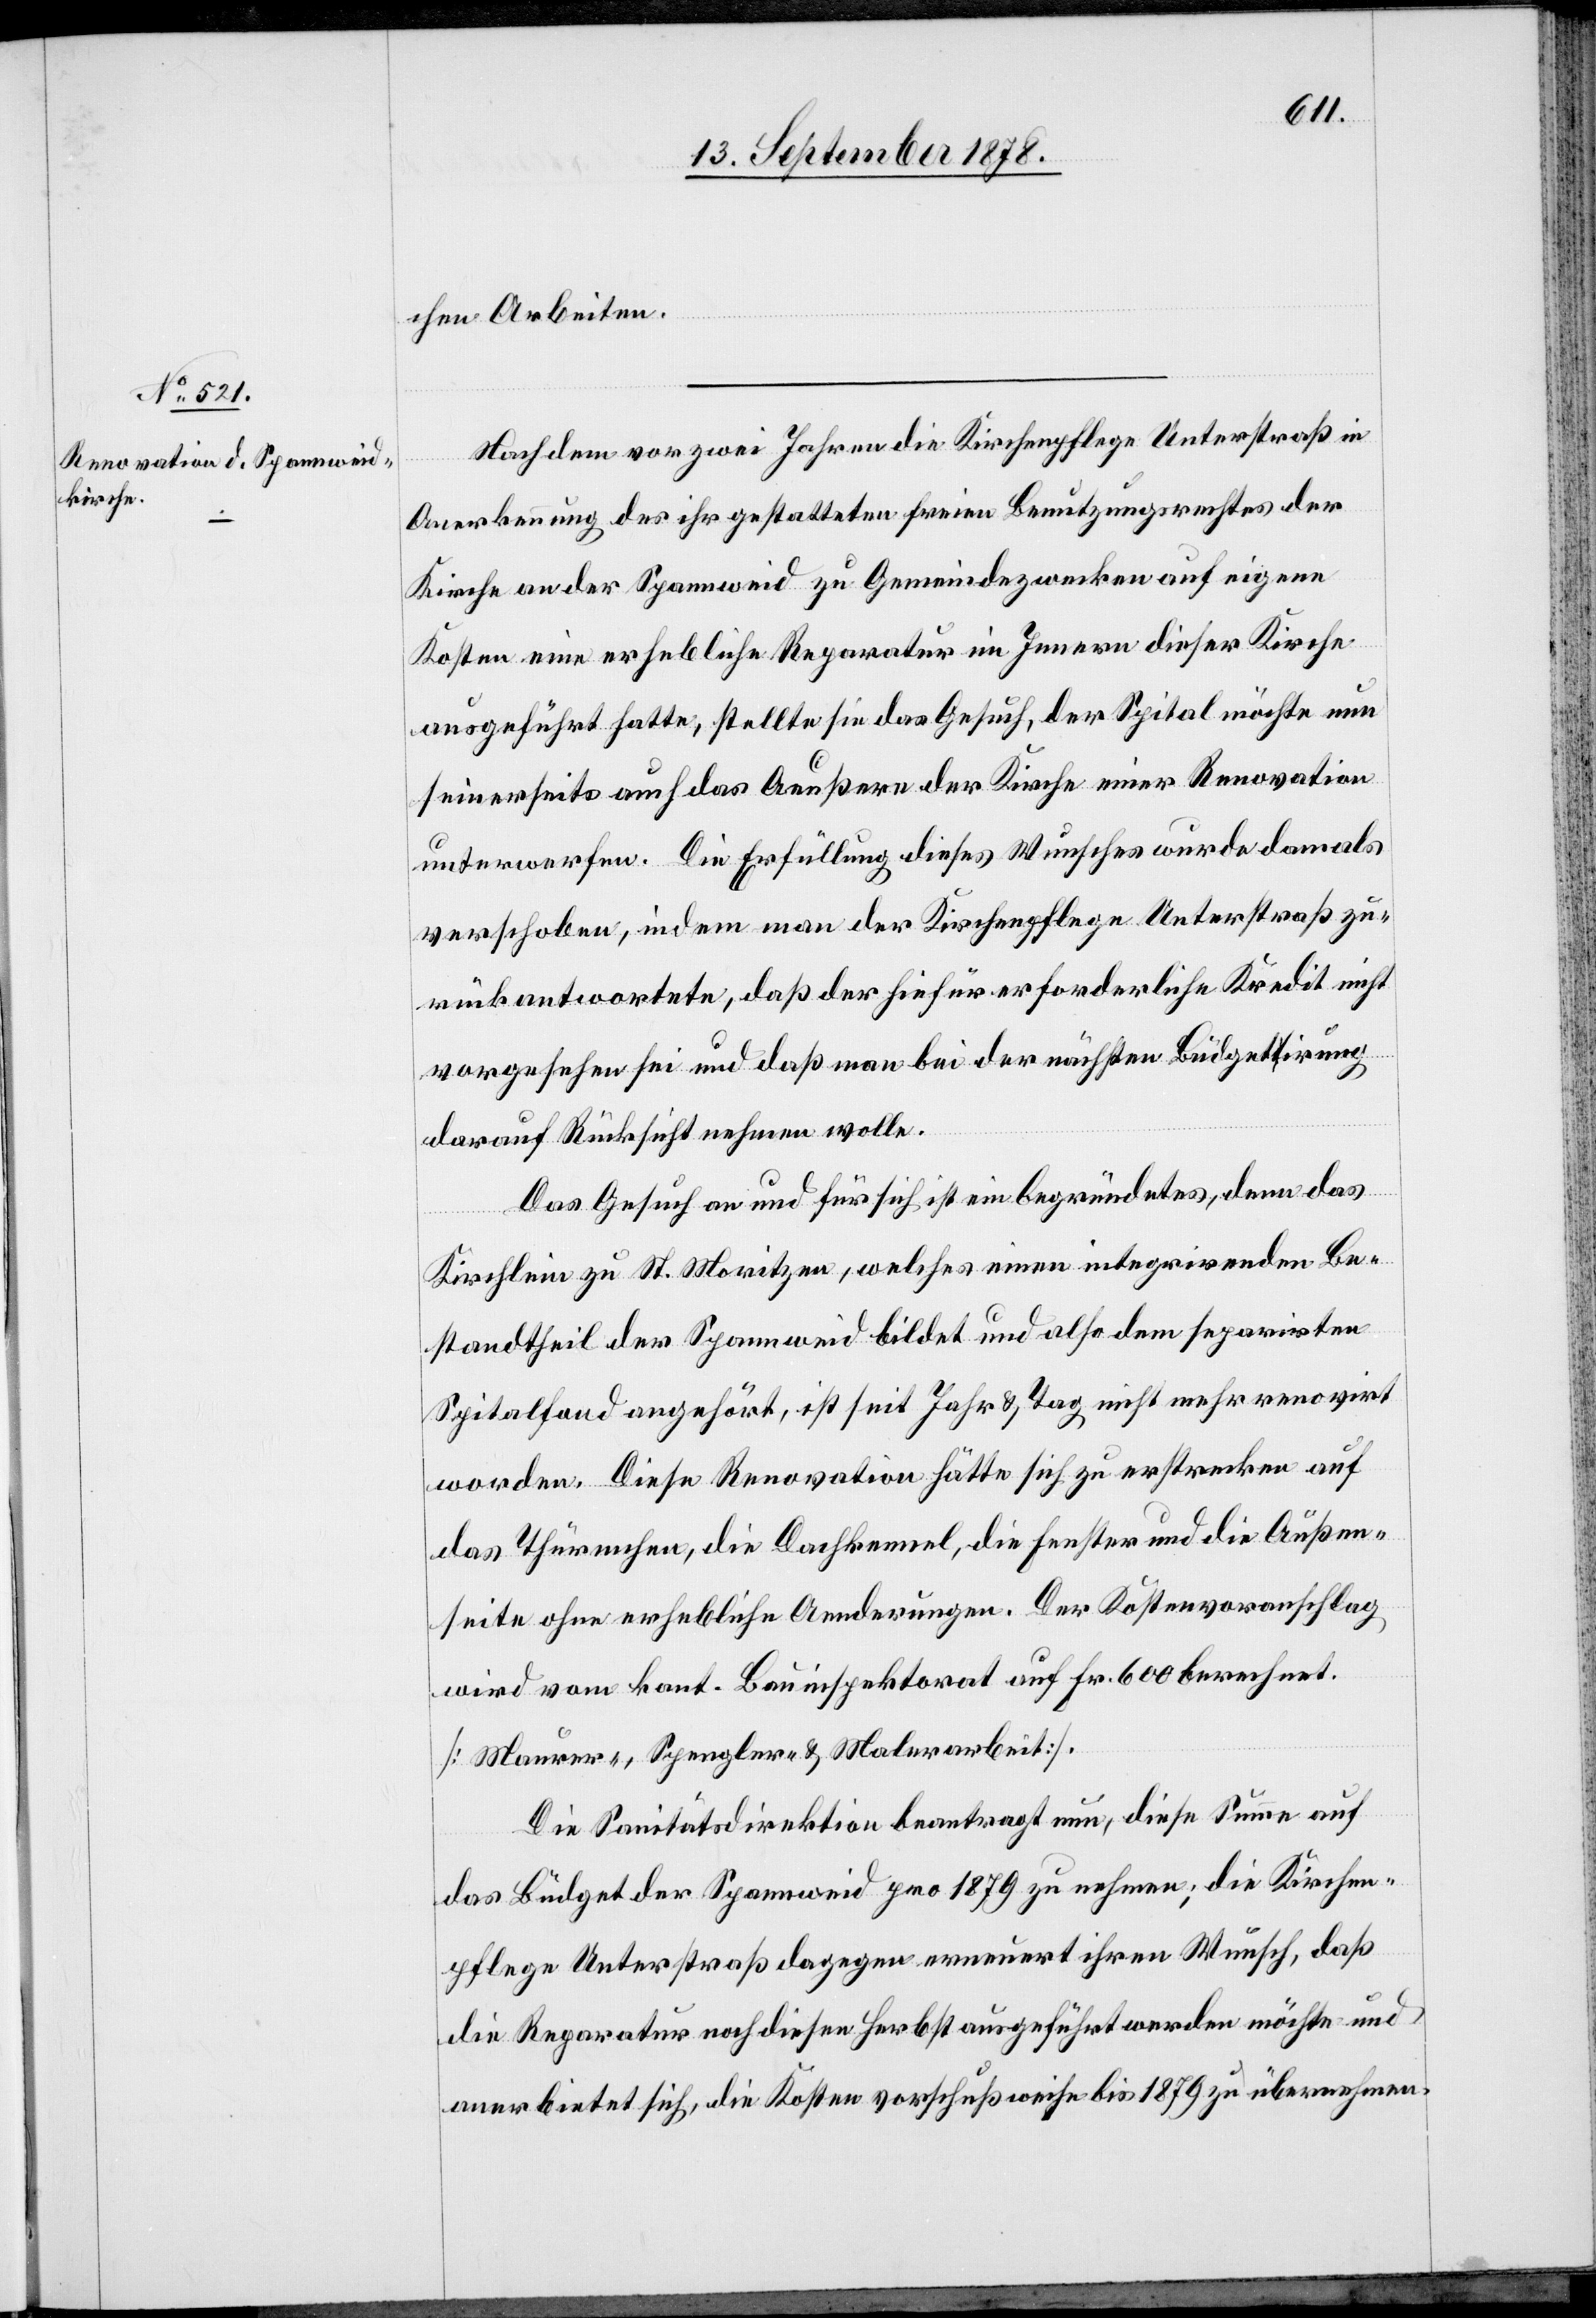
chen Arbeiten.
Nachdem vor zwei Jahren die Kirchpflege Unterstraß in
Anerkennung des ihr gestatteten freien Benutzungsrechtes der
Kirche an der Spannweid zu Gemeindezwecken auf eigene
Kosten eine erhebliche Reparatur im Innern dieser Kirche
ausgeführt hatte, stellte sie das Gesuch, der Spital möchte nun
seinerseits auch das Aeußere der Kirche einer Renovation
unterwerfen. Die Erfüllung dieses Wunsches wurde damals
verschoben, indem man der Kirchenpflege Unterstraß zu¬
rückantwortete, daß der hiefür erforderliche Kredit nicht
vorgesehen sei und daß man bei der nächsten Büdgetirung
darauf Rücksicht nehmen wolle.
Das Gesuch an und für sich ist ein begründetes, denn das
Kirchlein zu St. Moritzen, welches einen integrirenden Be¬
standtheil der Spannweid bildet und also dem separirten
Spitalfond angehört, ist seit Jahr & Tag nicht mehr renovirt
worden. Diese Renovation hätte sich zu erstrecken auf
das Thürmchen, die Dachkennel, die Fenster und die Außen¬
seite ohne erhebliche Aenderungen. Der Kostenvoranschlag
wird vom kant. Bauinspektorat auf Fr. 600 berechnet.
[Maurer-, Spengler- & Malerarbeit].
Die Sanitätsdirektion beantragt nun, diese Summe auf
das Büdget der Spannweid pro 1879 zu nehmen; die Kirchen¬
pflege Unterstraß dagegen erneuert ihren Wunsch, daß
die Reparatur noch diesen Herbst ausgeführt werden möchte und
anerbietet sich, die Kosten vorschußweise bis 1879 zu übernehmen.